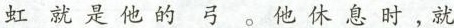
虹就是他的弓。他休息时，就